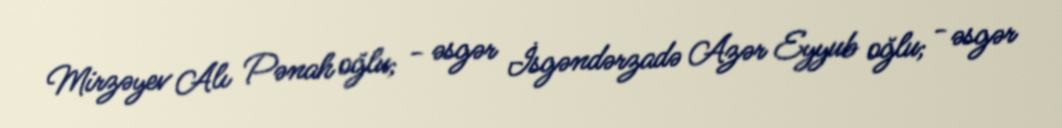
Mirzəyev Alı Pənah oğlu; - əsgər İsgəndərzadə Azər Eyyub oğlu; - əsgər